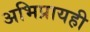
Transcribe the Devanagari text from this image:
अभिप्रायही